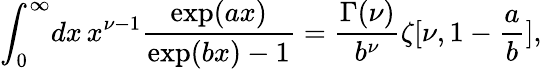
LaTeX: \int_{0}^{\infty}\! dx\, x^{\nu-1}{\frac{\exp(ax)}{\exp(bx)-1}}={\frac{\Gamma(\nu)}{b^{\nu}}}\zeta[\nu,1-{\frac{a}{b}}],